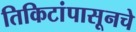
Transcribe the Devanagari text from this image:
तिकिटांपासूनचे